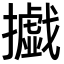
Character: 㩬